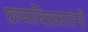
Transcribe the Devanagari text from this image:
छायाचित्रकारांनी